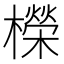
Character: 𣞁